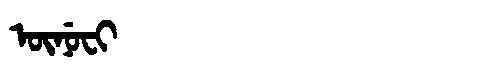
Manchu: ᡡᠨᡠᠸᡳ
Romanization: ŪNUFI